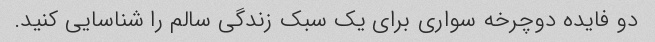
دو فایده دوچرخه سواری برای یک سبک زندگی سالم را شناسایی کنید.